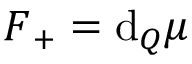
\boldsymbol { F } _ { + } = \mathrm { d } _ { Q } \boldsymbol { \mu } ^ { \mathrm { ~ \, ~ } }